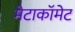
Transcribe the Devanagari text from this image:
मेटाकॉमेट